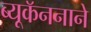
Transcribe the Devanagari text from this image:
ब्यूकॅननाने